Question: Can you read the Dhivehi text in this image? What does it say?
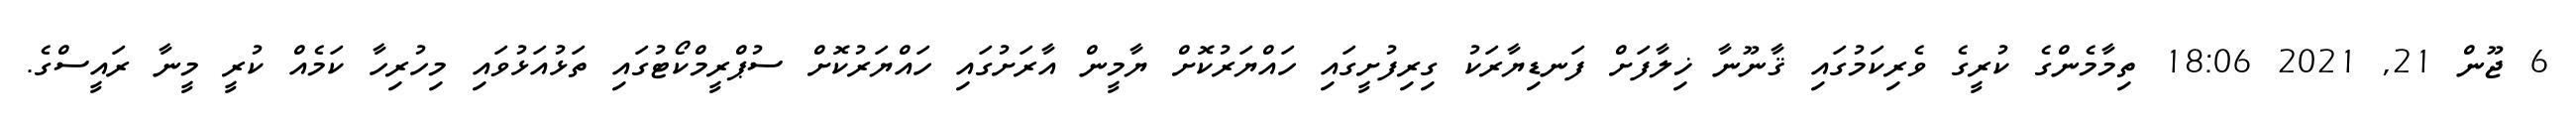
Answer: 6 ޖޫން 21, 2021 18:06 ތިމާމެންގެ ކުރީގެ ވެރިކަމުގައި ޤާނޫނާ ޚިލާފަށް ފަނޑިޔާރަކު ގިރިފުށީގައި ހައްޔަރުކޮށް ޔާމީން އާރަށުގައި ހައްޔަރުކޮށް ސުޕްރީމްކޯޓުގައި ތަޅުއަޅުވައި މިހުރިހާ ކަމެއް ކުރީ މީނާ ރައީސްގެ.